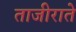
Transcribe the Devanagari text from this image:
ताजीराते